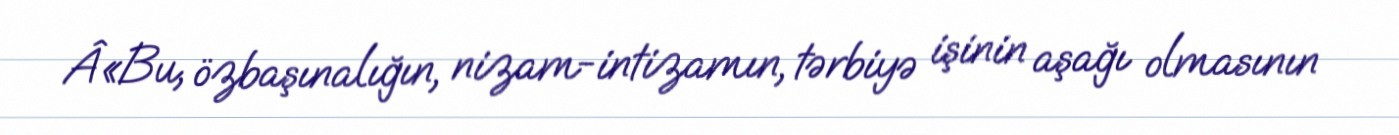
Â«Bu, özbaşınalığın, nizam-intizamın, tərbiyə işinin aşağı olmasının